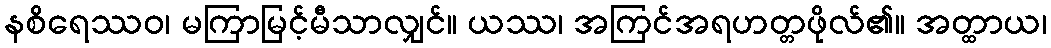
နစိရေဿဝ၊ မကြာမြင့်မီသာလျှင်။ ယဿ၊ အကြင်အရဟတ္တဖိုလ်၏။ အတ္ထာယ၊